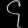
Digit: ၄